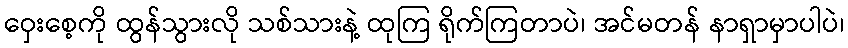
ဝှေးစေ့ကို ထွန်သွားလို သစ်သားနဲ့ ထုကြ ရိုက်ကြတာပဲ၊ အင်မတန် နာရှာမှာပါပဲ၊